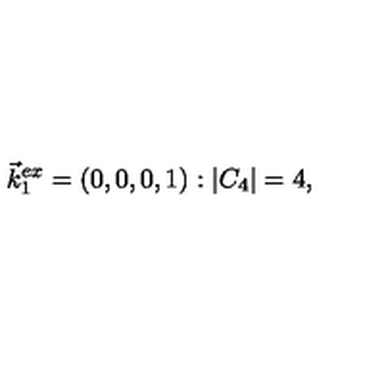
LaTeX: \vec { k } _ { 1 } ^ { e x } = ( 0 , 0 , 0 , 1 ) : | C _ { 4 } | = 4 ,